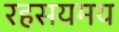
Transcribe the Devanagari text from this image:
रहसयमय